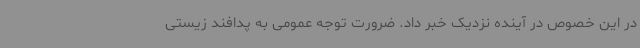
در این خصوص در آینده نزدیک خبر داد. ضرورت توجه عمومی به پدافند زیستی